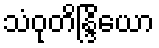
သံဝုတိန္ဒြိယော